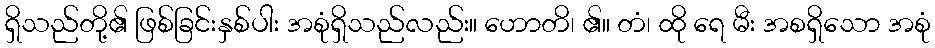
ရှိသည်တို့၏ ဖြစ်ခြင်းနှစ်ပါး အစုံရှိသည်လည်း။ ဟောတိ၊ ၏။ တံ၊ ထို ရေ မီး အစရှိသော အစုံ